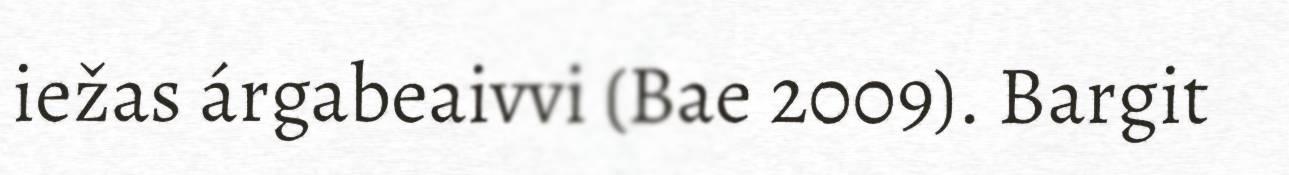
iežas árgabeaivvi (Bae 2009). Bargit